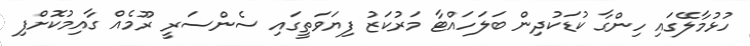
ހުޅުމާލޭގައި ހިންގާ ކުޑަކުދިން ބަލަހައްޓާ މަރުކަޒު ފިޔަވަތީގައި ސެންސަރީ ރޫމެއް ގާއިމުކޮށްފި